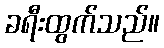
ခရီးထွက်သည်။